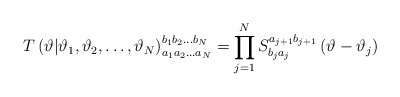
\begin{align*}T\left( \vartheta |\vartheta_{1},\vartheta_{2},\ldots ,\vartheta_{N}\right) ^{b_{1}b_{2}\ldots b_{N}}_{a_{1}a_{2}\ldots a_{N}}=\prod^{N}_{j=1}S^{a_{j+1}b_{j+1}}_{b_{j}a_{j}}\left( \vartheta -\vartheta_{j}\right) \end{align*}